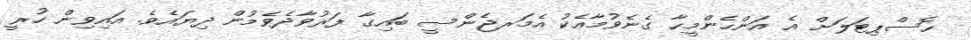
ހޮސްޕިޓަލަށް އެ އަންހެންމީހާ ގެނެވުމާއެކު އެމަރޖެންސީ ބައިގާ ފަރުވާދެވެމުން ދިޔައެވެ. އައިވިން ހުރީ